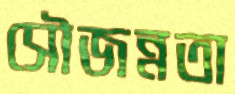
সৌজন্নতা